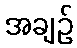
အချဉ်